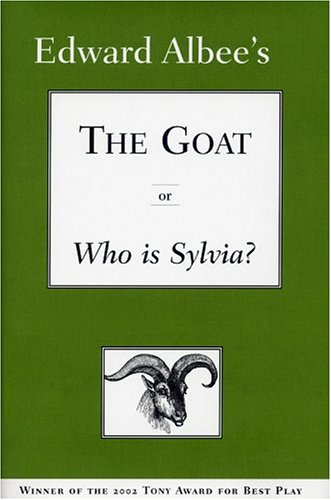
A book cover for The Goat, or Who Is Sylvia?: Broadway Edition; Edward Albee; Literature & Fiction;